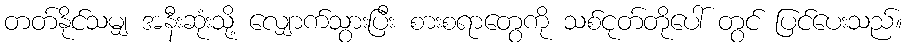
တတ်နိုင်သမျှ အနီးဆုံးသို့ လျှောက်သွားပြီး စားစရာတွေကို သစ်ငုတ်တိုပေါ် တွင် ပြင်ပေးသည်။